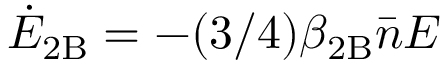
\dot { E } _ { \mathrm { 2 B } } = - ( 3 / 4 ) \beta _ { \mathrm { 2 B } } \bar { n } E